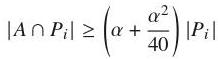
$|A\cap P_i|\geq \left(\alpha+\frac{\alpha^2}{40}\right)|P_i|$